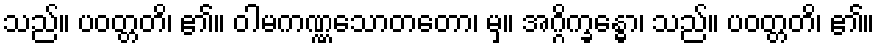
သည်။ ပဝတ္တတိ၊ ၏။ ဝါမကဏ္ဏသောတတော၊ မှ။ အဂ္ဂိက္ခန္ဓော၊ သည်။ ပဝတ္တတိ၊ ၏။